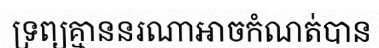
ទ្រព្យគ្មាននរណាអាចកំណត់បាន